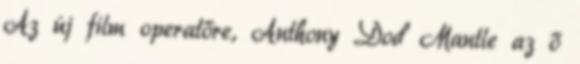
Az új film operatőre, Anthony Dod Mantle az ő